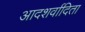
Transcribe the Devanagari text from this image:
आदशर्वादिता